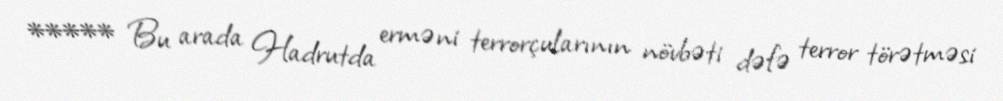
***** Bu arada Hadrutda erməni terrorçularının növbəti dəfə terror törətməsi